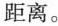
距离。